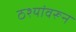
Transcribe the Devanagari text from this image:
ठश्यांवरून